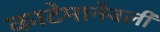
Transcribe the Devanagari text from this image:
काटेमानेवली